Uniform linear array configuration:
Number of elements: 48
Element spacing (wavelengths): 1
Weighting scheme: binomial
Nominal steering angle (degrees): -30
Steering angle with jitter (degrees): -30.577
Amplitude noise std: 0.05
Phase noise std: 0.05

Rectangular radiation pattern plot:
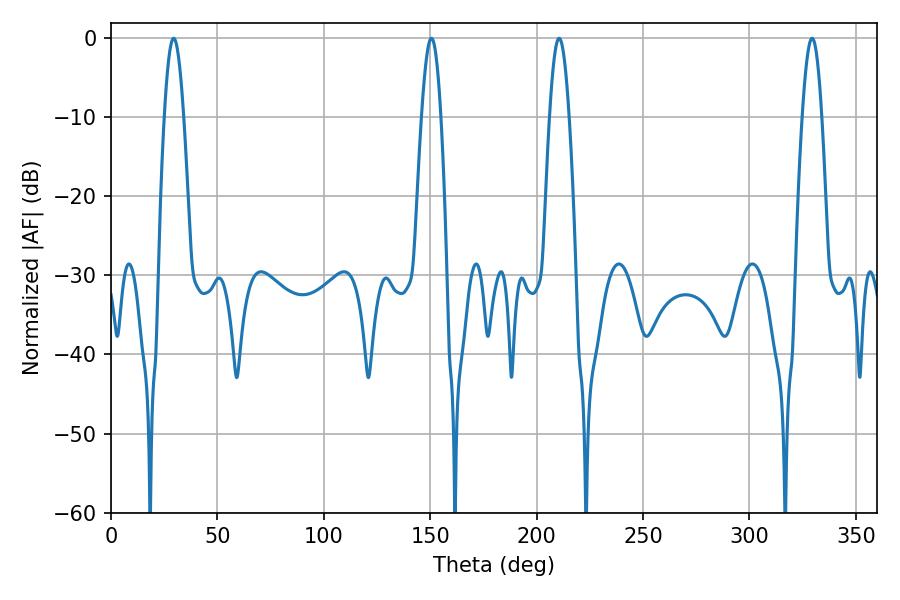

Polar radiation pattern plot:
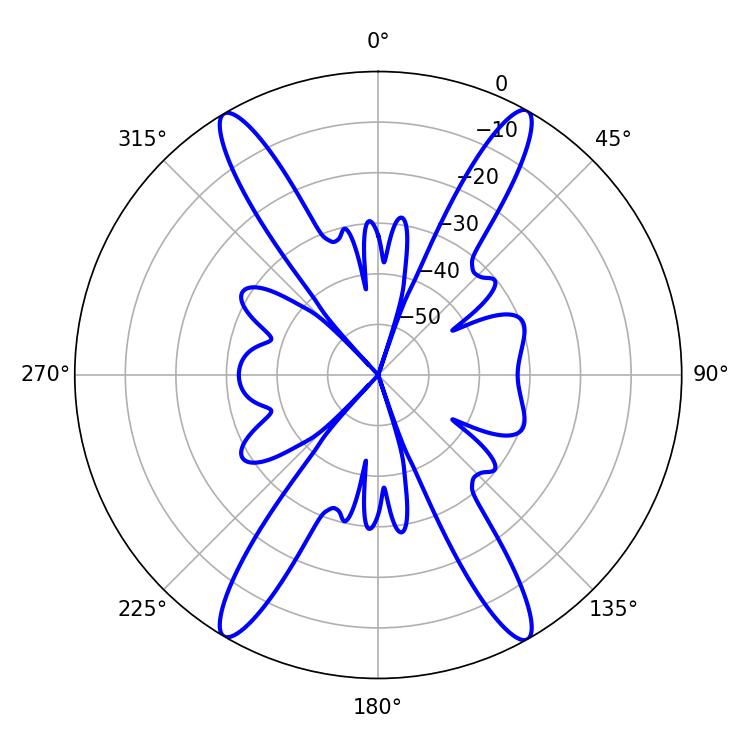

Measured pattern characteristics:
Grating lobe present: TRUE
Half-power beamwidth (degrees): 5.04
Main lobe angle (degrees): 210.6